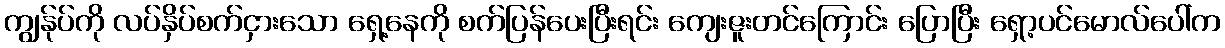
ကျွန်ုပ်ကို လပ်နှိပ်စက်ငှားသော ရှေ့နေကို စက်ပြန်ပေးပြီးရင်း ကျေးဇူးတင်ကြောင်း ပြောပြီး ရှော့ပင်မောလ်ပေါ်က